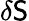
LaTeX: \delta{\sf S}